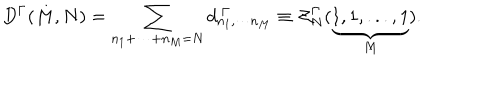
D ^ { \Gamma } ( M , N ) = \sum _ { n _ { 1 } + \cdots + n _ { M } = N } d _ { n _ { 1 } , \cdots n _ { M } } ^ { \ \Gamma } \equiv { \cal Z } _ { N } ^ { \Gamma } ( \underbrace { 1 , 1 , . . . , 1 } _ { M } ) .